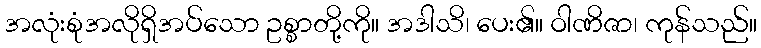
အလုံးစုံအလိုရှိအပ်သော ဥစ္စာတို့ကို။ အဒါသိ၊ ပေး၏။ ဝါဏိဇာ၊ ကုန်သည်။